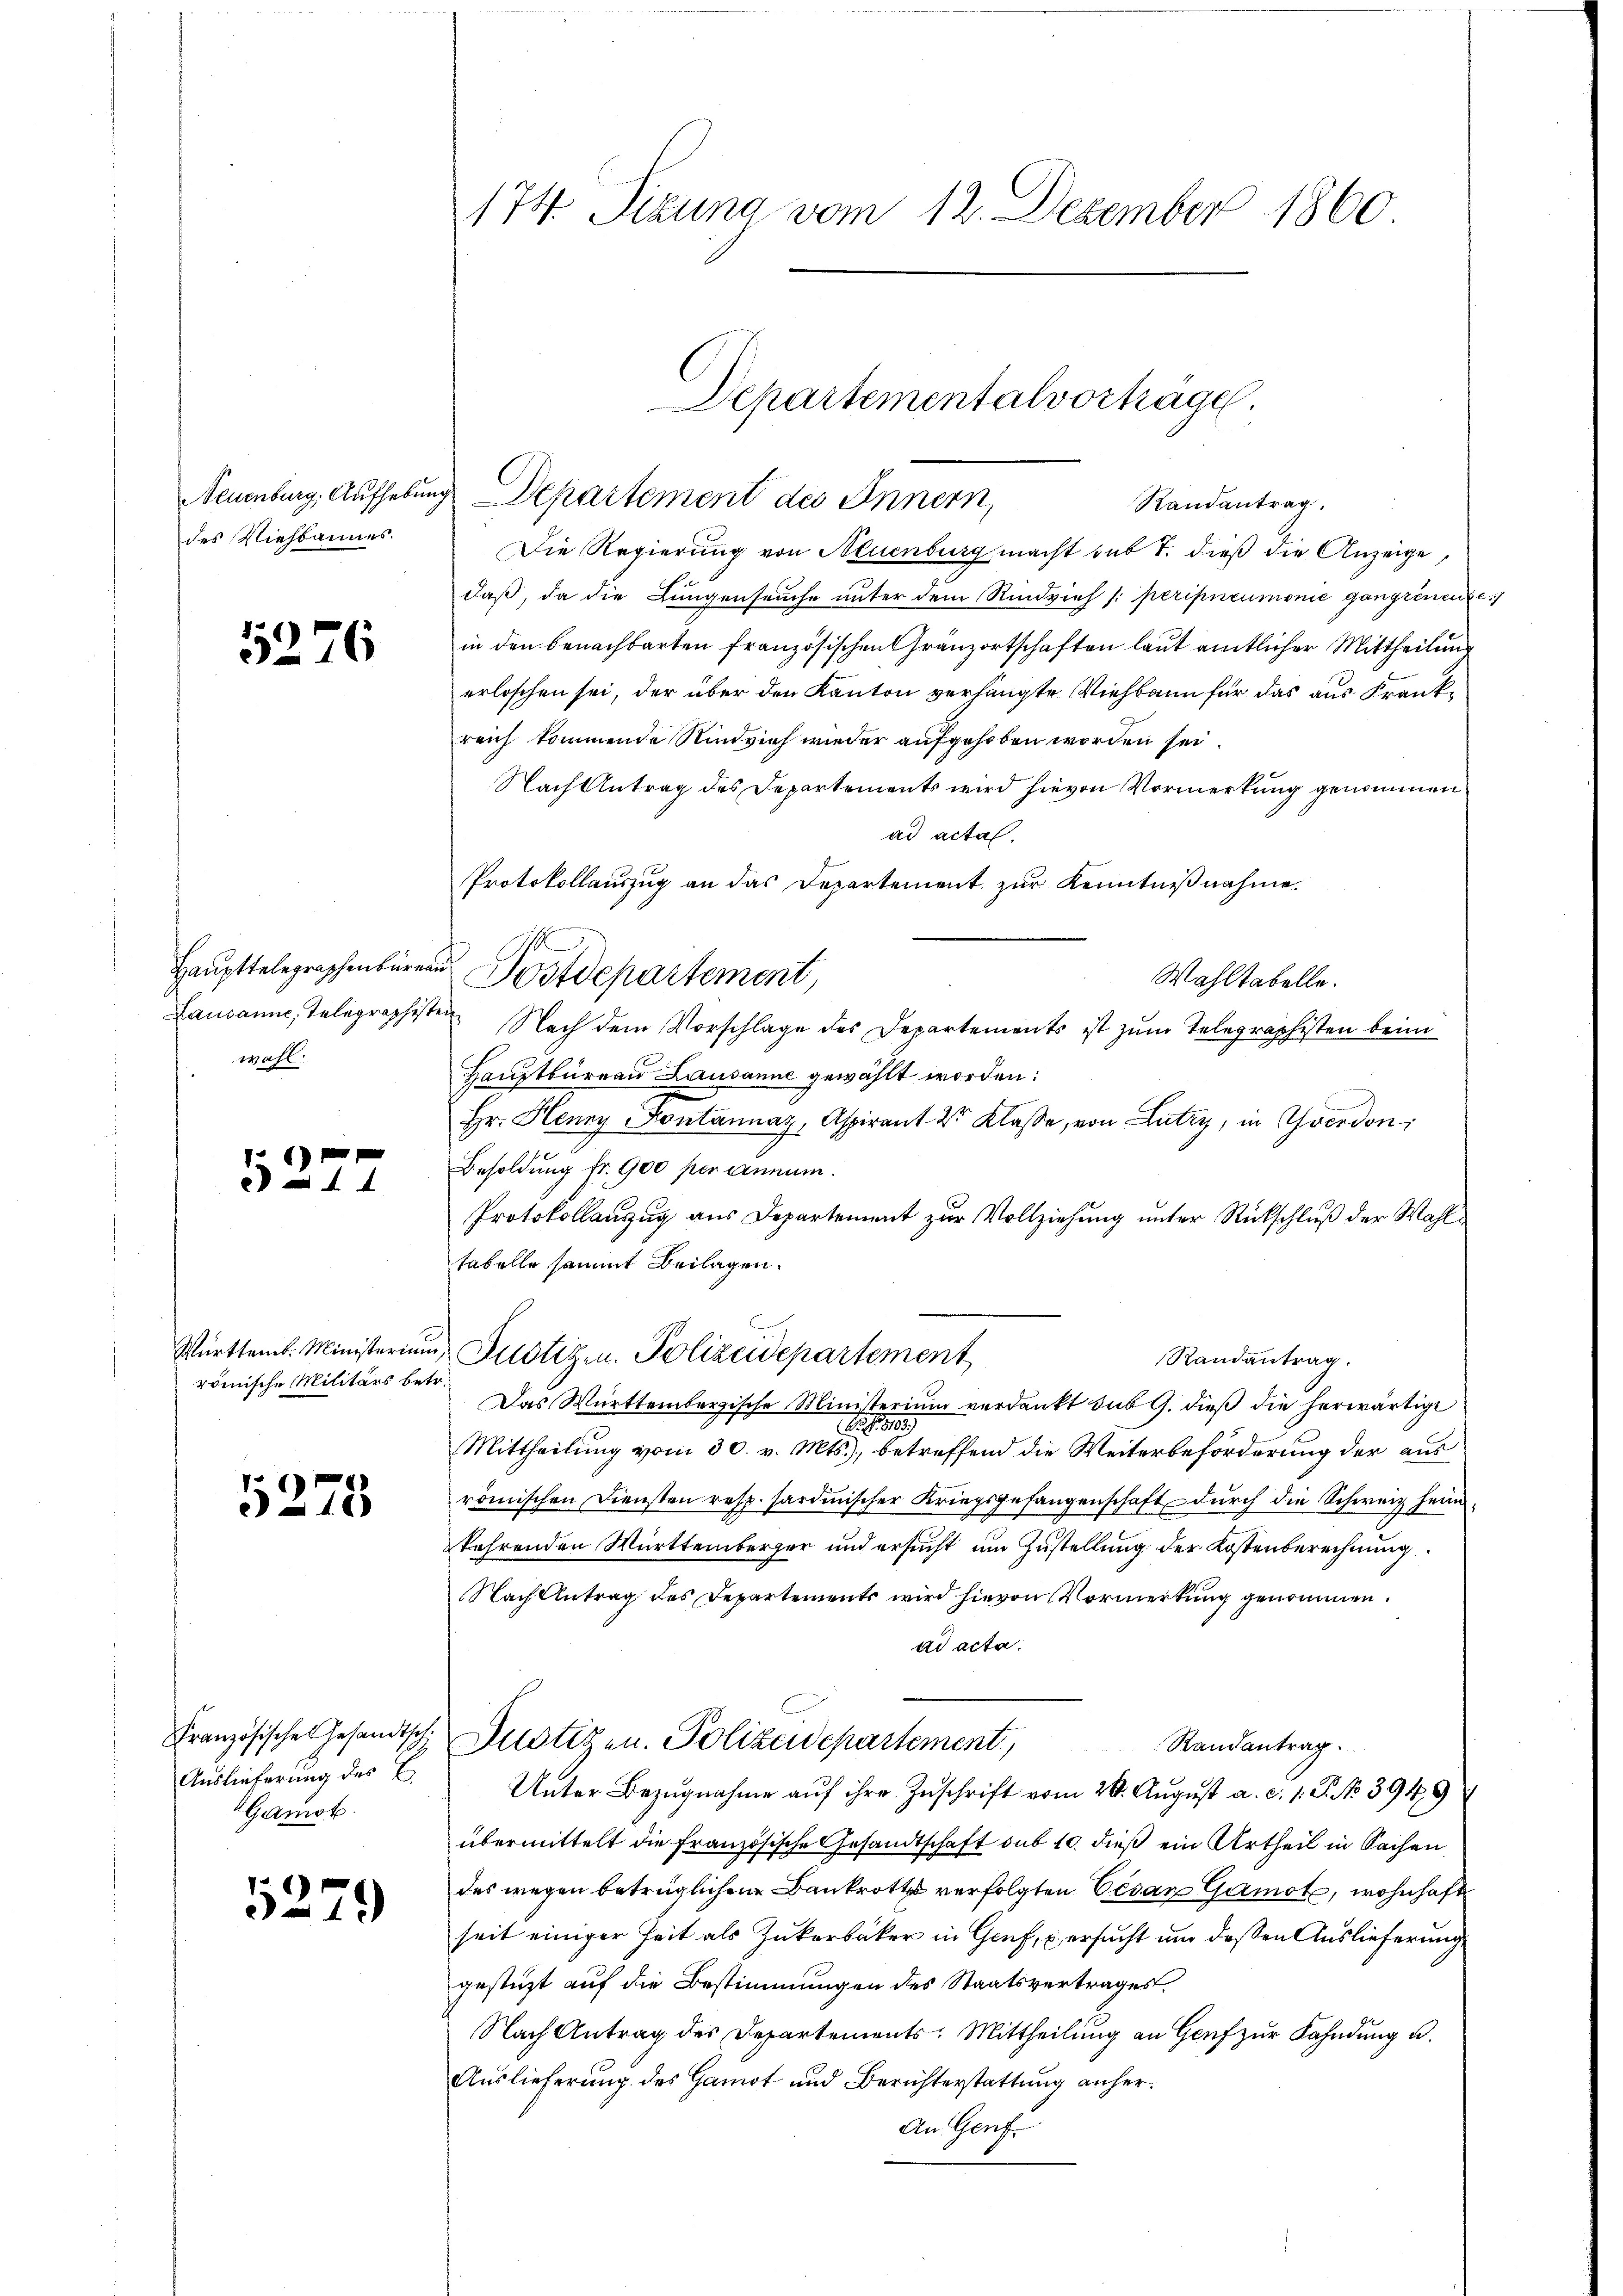
Neuenburg, Aufhebung
des Viehbannes.

5276

Haupttelegraphenbüreau
wahl.

44

Württemb. Ministerium
römische Militärs bet¬

5278

Französische Gesandtschi
Auslieferung des E.
Gamot.

5279

174. Sizung vom 12. Dezember 1860

Die Regierung von Neuenburg macht sub 7. dieß die Anzeige,
daß, da die Lungenseuche unter dem Rindvieh /: peripneumonie gangrenenze
in den benachbarten französischen Gränzortschaften laut amtlicher Mittheilung
erloschen sei, der über den Kanton verhängte Viehbann für das aus Krankreich kommende Rindvieh wieder aufgehoben worden sei.
Nach Antrag des Departements wird hievon Vormerkung genommen
ad actal.
Wahltabelle.
Lausanne, Telegraphisten Nach dem Vorschlage des Departements ist zum Telegraphisten beim
Hauptbureau Lausanne gewählt worden:
Hr. Henny Kontannaz, Aspirant Dr Klasse, von Lutry, in Yverdon,
Besoldung fr. 900 per annum.
Protokollauszug aus Departement zur Vollziehung unter Rückschluß der Wahlfabelle sammt Beilagen.
Justizen. Polizeidepartement
Randantrag.
Das Württembergische Ministerium verdankt sub 9. dieß die herwärtige

Mittheilung vom 30. v. Mts., betreffend die Weiterbeförderung der aus
römischen Diensten resp. sardinischer Kriegsgefangenschaft durch die Schweiz fran-
kehrenden Württemberger und ersucht um Zustellung der Kostenberechnung
Nach Antrag des Departements wird hievon Vormerkung genommen.
ad acta.
Dustizen. Polizeidepartement,
Randantrag.
Unter Bezugnahme aŭf ihre Zuschrift vom 26. August a. c. 1. P. No 394. 9
übermittelt die Französische Gesandtschaft sub 10. dieß ein Urtheil in Sachen
des wegen betrüglichen Bankrotts verfolgten Gesan Gamot, wohnhaft
seit einiger Zeit als Zukerbäcker in Genf, u. ersucht und deßen Auslieferung
gestüzt auf die Bestimmungen des Staatsvertrages
Nach Antrag des Departements-Mittheilung an Genf zur Fahndung u.
Auslieferung des Gamot und Berichterstattung anher¬
An Genf.

Departementalvortrage.
Departement des Innern,
Randantrag.

Protokollauszug an das Departement zur Kenntnißnahme.
1
Postdepartement,